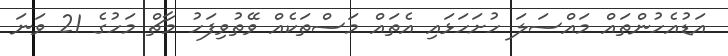
އަޑުއެހުންތައް މައްސަލަ ހުށަހަޅައި އެތައް މަސްތަކެއް ވޭތުވިފަހު މާޗް މަހުގެ 21 ވަނަ